Medical and sanitary report of the native army of Madras for the year
Year: 1878
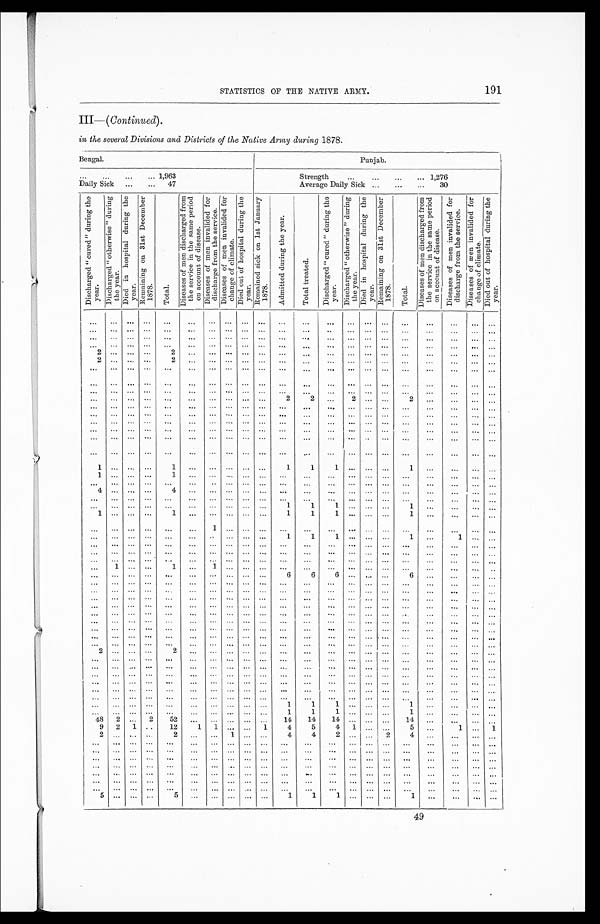
191
STATISTICS OF THE NATIVE ARMY.
III—( Continued).
in the several Divisions and Districts of the Native Army during 1878.
Bengal.
Punjab.
. . . 1,963
Strength
1,276
Daily Sick
47
Average Daily Sick
30
D i s c h a r g e d " c u r e d " d u r i n g t h e y e a r . D i s c h a r g e d " o t h e r w i s e " d u r i n g t h e y e a r .
D i e d i n h o s p i t a l d u r i n g t h e y e a r .
R e m a i n i n g o n 3 1 s t D e c e m b e r 1 8 7 8 .
T o t a l .
D i s e a s e o f m e n d i s c h a r g e d f r o m t h e s e r v i c e i n t h e s a m e p e r i o d o n a c c o u n t o f d i s e a s e .
D i s e a s e s o f m e n i n v a l i d e d f o r d i s c h a r g e f r o m t h e s e r v i c e .
D i s e a s e s o f m e n i n v a l i d e d f o r c h a n g e o f c l i m a t e .
D i e d o u r o f h o s p i t a l d u r i n g t h e y e a r .
R e ma i n e d s i c k o n 1 s t J a n u a r y 1 8 7 8 .
A d m i t t e d d u r i n g t h e y e a r .
T o t a l t r e a t e d .
D i s c h a r g e d " c u r e d " d u r i n g t h e y e a r .
Di s c h a r g e d " o t h e r wi s e " d u r i n g t h e y e a r . D i e d i n h o s p i t a l d u r i n g t h e y e a r .
R e m a i n i n g o n 3 1 s t D e c e m b e r 1 8 7 8 .
T o t a l .
D i s e a s e s o f m e n d i s c h a r g e d f r o m t h e s e r v i c e i n t h e s a m e p e r i o d o n a c c o u n t o f d i s e a s e .
D i s e a s e s o f m e n i n v a l i d e d f o r d i s c h a r g e f r o m t h e s e r v i c e .
D i s e a s e s o f m e n i n v a l i d e d f o r c h a n g e o f c l i m a t e .
D i e d o u t o f h o s p i t a l d u r i n g t h e y e a r .
. . .
. . .
. . . . . .
. . .
. . .
. . .
. . .
. . . . . .
. . .
. . .
. . .
. . .
. . .
. . .
. . .
. . .
. . .
. . . . . .
. . .
. . .
. . . . . .
. . .
. . .
. . .
. . .
. . . . . .
. . .
. . .
. . .
. . .
. . .
. . .
. . .
. . .
. . .
. . .
. . .
. . .
. . .
. . .
. . .
. . .
. . .
. . .
. . . . . . . . .
. . .
. . .
. . .
. . .
. . .
. . .
. . .
. . .
. . .
. . . . . .
. . .
. . .. . .
. . .
. . .
. . .
. . .
. . .
. . .
. . .
. . .
. . .
. . .
. . .
. . .
. . .
. . .
. . .
. . .
. . .
. . .
2
. . .
. . .
. . .
2
. . .
. . .
. . .
. . .
. . .
. . .
. . .
. . .
. . .
. . .
. . .
. . .
. . .
. . .
. . .
. . .
2
. . .. . .
. . .
2
. . .
. . .
. . .
. . .
. . .
. . .
. . .
. . .
. . .
. . .
. . .
. . .
. . .
. . .
. . .
. . .
. . .
. . .
. . .
. . .
. . .
. . .
. . .
. . .
. . .
. . .
. . .
. . .
. . .
. . .
. . .
. . .
. . .
. . .
. . .
. . .
. . .
. . .
. . . . . .
. . .
. . .
. . .
. . .
. . .
. . .
. . .
. . .
. . .
. . .
. . .
. . .
. . . . . .
. . .
. . .
. . . . . .
. . .
. . .
. . .
. . .
. . .
. . .
. . .
. . .
. . .
. . .
. . .
. . .
. . .
. . .
. . .
. . .
. . .
. . .
. . .
. . .
. . .
. . .
. . .
. . .
. . .
. . .
. . .
. . .
. . .
. . .
. . .
2
2
. . .
2
. . .
. . .
2
. . .
. . .
. . .
. . .
. . .
. . .
. . .
. . .
. . .
. . .
. . .
. . .
. . .
. . .
. . .
. . .
. . .
. . .
. . .
. . .
. . .
. . .
. . .
. . .
. . .
. . .
. . .
. . .
. . .
. . .
. . .
. . .
. . .
. . .
. . .
. . .
. . .
. . .
. . .
. . .
. . . . . .
. . .
. . .
. . .
. . .
. . .
. . .
. . .
. . .
. . .
. . .
. . .
. . .
. . .
. . .
. . .
. . .
. . .
. . .
. . .
. . .
. . .
. . .
. . .
. . .
. . .
. . .
. . .
. . .
. . .
. . .
. . .
. . .
. . .
. . .
. . .
. . .
. . .
. . .
. . .
. . .
. . . . . .
. . .
. . .
. . .
. . .
. . .
. . .
. . .
. . .
. . .
. . .
. . .
. . .
. . .
. . .
. . .
. . .
. . .
. . .
. . .
. . .
. . .
. . .
. . .
. . .
. . .
. . .
. . .
. . .
. . .
. . .
. . .
. . .
. . .
. . .
. . .
. . .
. . .
. . .
. . .
. . .
. . .
. . .
. . .
. . .
. . .
. . .
1
. . .. . .
. . .
1
. . .
. . .
. . . . . .
. . .
1
1
1
. . .
. . .
. . . 1
. . .
. . .
. . .
. . .
1
. . .. . .
. . .
1
. . .
. . . . . .
. . .
. . .
. . .
. . .
. . .
. . .
. . .
. . .
. . .
. . .
. . .
. . .
. . .
. . .
. . .
. . .
. . .
. . .
. . .
. . .
. . .
. . .
. . .
. . .
. . .
. . .
. . .
. . .
. . .
. . .
. . .
. . .
. . .
. . .
4
. . .. . .
. . .
4
. . .
. . .
. . . . . .
. . .
. . .
. . .
. . .
. . .
. . .
. . .
. . .
. . .
. . .
. . .
. . .
. . .
. . .
. . .
. . .
. . .
. . .
. . .
. . .
. . .
. . .
. . .
. . .
. . .
. . .
. . . . . .
. . .
. . .
. . .
. . .
. . .
. . .
. . .
. . .
. . .
. . .
. . .
. . .
. . .
. . .
. . .
1
1
1
. . .
. . .
. . . 1
. . .
. . .
. . .
. . .
1
. . .. . .
. . .
1
. . .
. . .
. . . . . .
. . .
1
1
1
. . .
. . .
. . .
1
. . .
. . .
. . .
. . .
. . .
. . .
. . .
. . .
. . .
. . .
1
. . . . . . . . .
. . .
. . .
. . .
. . .
. . .
. . .
. . .
. . .
. . .
. . .
. . .
. . .
. . .
. . .
. . .
. . .
. . .
. . .
. . .
. . .
. . .
1
1
1
. . .
. . .
. . .
1
. . .
1
. . .
. . .
. . .
. . .
. . .
. . .
. . .
. . .
. . .
. . .
. . .
. . .
. . .
. . .
. . .
. . .
. . .
. . .
. . .
. . .
. . .
. . .
. . .
. . .
. . .
. . .
. . .
. . .
. . .
. . .
. . .
. . .
. . .
. . .
. . .
. . .
. . .
. . .
. . .
. . .
. . .
. . .
. . .
. . .
. . .
. . .
. . .
. . .
. . .
. . .
. . .
. . .
. . .
. . .
. . .
. . .
. . .
. . .
. . .
. . .
. . .
. . .
. . .
. . .
. . .
. . .
1 . . .
. . .
. . .
1
. . .
1
. . .
. . .
. . .
. . .
. . .
. . .
. . .
. . .
. . .
. . .
. . .
. . .
. . .
. . .
. . .
. . .
. . .
. . .
. . .
. . .
. . .
. . .
. . .
6
6
6
. . .
. . .
. . .
6
. . .
. . .
. . .
. . .
. . .
. . . . . .
. . .
. . .
. . .
. . .
. . .
. . .
. . .
. . .
. . .
. . .
. . .
. . .
. . .
. . .
. . .
. . .
. . . . . .
. . .
. . .. . .
. . .
. . .
. . .
. . .
. . .
. . .
. . .
. . .
. . .
. . .
. . .
. . .
. . .
. . .
. . .
. . .
. . . . . .
. . .
. . .. . .
. . .
. . .
. . .
. . .
. . .
. . .
. . .
. . .
. . .
. . .
. . .
. . . . . .
. . .
. . .
. . .
. . .
. . .
. . .
. . .
. . .
. . .
. . .
. . .
. . .
. . .
. . .
. . .
. . .
. . .
. . .
. . .
. . .
. . .
. . .
. . .
. . .
. . .
. . .
. . .
. . .
. . .
. . .
. . .
. . .
. . .
. . .
. . .
. . .
. . .
. . .
. . .
. . .
. . .
. . . . . .
. . .
. . .
. . .
. . .
. . .
. . .
. . .
. . .
. . .
. . .
. . .
. . .
. . .
. . .
. . .
. . .
. . .
. . .
. . .
. . .
. . .
. . .
. . .
. . .
. . .
. . .
. . .
. . .
. . .
. . .
. . .
. . .
. . .
. . .
. . .
. . .
. . .
. . .
. . .
. . .
. . .
. . .
. . .
. . .
. . .
. . .
. . .
. . .
. . .
. . .
. . .
. . .
. . .
. . .
. . .
. . .
. . .
. . .
. . .
. . .
. . .
. . . . . .
. . .
. . .
. . .
. . .
. . .
. . .
. . .
. . .
. . .
. . .
. . .
. . .
. . .
. . .
. . .
. . .
. . .
. . .
. . .
. . .
. . .
. . .
. . .
. . .
. . .
2
. . .. . .
. . .
2
. . .
. . .
. . .
. . .
. . .
. . .
. . .
. . .
. . .
. . .
. . .
. . .
. . .
. . .
. . .
. . .
. . .
. . .
. . .
. . .
. . .
. . .
. . .
. . .
. . .
. . .
. . .
. . .
. . .
. . .
. . .
. . . . . .
. . .
. . .
. . .
. . .
. . .
. . .
. . .
. . .
. . .
. . .
. . .
. . .
. . .
. . .
. . .
. . .
. . .
. . .
. . .
. . .
. . .
. . .
. . .
. . .
. . .
. . .
. . .
. . .
. . .
. . .
. . .
. . .
. . .
. . .
. . .
. . .
. . .
. . .
. . .
. . .
. . .
. . .
. . .
. . .
. . .
. . .
. . .
. . .
. . .
. . .
. . .
. . .
. . .
. . .
. . .
. . .
. . .
. . .
. . .
. . .
. . .
. . .
. . .
. . .
. . .
. . .
. . .
. . .
. . .
. . .
. . .
. . .
. . .
. . .
. . .
. . .
. . .
. . .
. . .
. . .
. . .
. . .
. . .
. . .
. . .
. . .
. . . . . .
. . .
. . .
. . .
. . .
. . .
. . .
. . .
. . .
. . .
. . .
. . .
. . .
. . .
. . .
. . .
. . . . . .
. . .
. . .
. . .
. . .
. . .
. . .
. . .
. . .
. . .
. . .
. . .
. . . . . .
. . .
1
1
1
. . .
. . .
. . . 1
. . .
. . .
. . .
. . .
. . .
. . . . . .
. . .
. . .
. . .
. . .
. . .
. . .
. . .
1
1
1 . . .
. . .
. . . 1
. . .
. . .
. . .
. . .
48
2
. . .
2
52
. . .
. . .
. . .
. . .
. . .
14
14
14
. . .
. . .
. . .
14
. . .
. . .
. . .
. . .
9
2
1
. . .
12
1
1
. . .
. . .
1
4
5
4
1
. . .
. . .
5
. . .
1
. . .
1
2
. . .
. . . . . .
2
. . .
. . .
1 . . . . . .
4
4
2
. . .
. . .
2
4
. . .
. . .
. . .
. . .
. . .
. . .
. . .
. . .
. . .
. . .
. . .
. . .
. . .
. . .
. . .
. . .
. . .
. . .
. . .
. . .
. . .
. . .
. . .
. . .
. . .
. . .
. . . . . .
. . .
. . .
. . .
. . .
. . .
. . .
. . .
. . .
. . .
. . .
. . .
. . .
. . .
. . .
. . .
. . .
. . .
. . .
. . .
. . .
. . .
. . .
. . .
. . .
. . .
. . . . . .
. . .
. . .
. . .
. . .
. . .
. . .
. . .
. . .
. . .
. . .
. . .
. . .
. . .
. . .
. . .
. . .
. . .
. . .
. . .
. . . . . . . . .
. . .
. . .
. . .
. . .
. . .
. . .
. . .
. . .
. . .
. . .
. . .
. . .
. . .. . .
. . .
. . .
. . .
. . .
. . . . . .
. . .
. . .
. . .
. . .
. . .
. . .
. . .
. . .
. . .
. . .
. . .
. . .
. . .
. . .
. . .
. . .
. . .
. . .
. . .
. . .
. . .
. . .
. . .
. . .
. . .
. . .
. . .
. . .
. . .
. . .
. . .
. . .
. . .
. . .
. . .
. . .
. . .
. . .
. . .
. . .
. . . . . .
. . .
. . .
. . .
. . .
. . .
. . .
. . .
. . .
. . .
. . .
. . .
. . .
5
. . .. . .
. . .
5
. . .
. . .
. . .
. . .
. . .
1
1
1 . . .
. . .
. . .
1
. . .
. . .
. . .
. . .
49